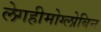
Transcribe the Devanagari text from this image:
लेगहीमोग्लोबिन